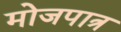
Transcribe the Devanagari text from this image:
मोजपात्र